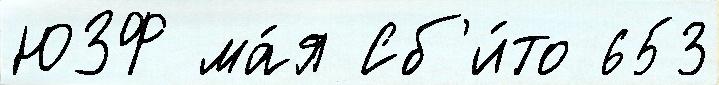
ЮЗФ ма́я Сб'и́то 653